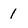
Character: 1